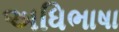
અધિભાષા